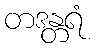
တဒန္တရံ